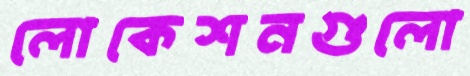
লোকেশনগুলো